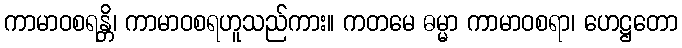
ကာမာဝစရန္တိ၊ ကာမာဝစရဟူသည်ကား။ ကတမေ ဓမ္မာ ကာမာဝစရာ၊ ဟေဋ္ဌတော